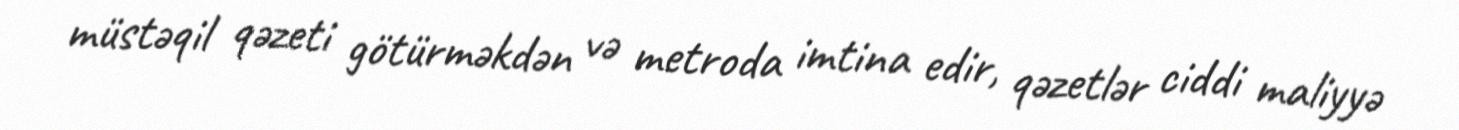
müstəqil qəzeti götürməkdən və metroda imtina edir, qəzetlər ciddi maliyyə